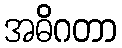
အဓိဂတာ